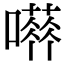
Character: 𡁐